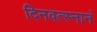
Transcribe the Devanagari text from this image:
दिनवत्स्नानं